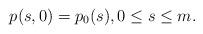
LaTeX: \begin{align*} p(s,0)=p_0(s), 0\leq s\leq m.\end{align*}